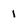
Character: 1